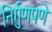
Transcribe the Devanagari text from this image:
निर्गुणपणे